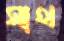
সাথ